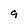
Character: 9